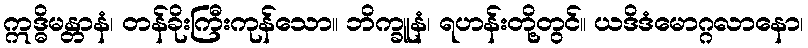
ဣဒ္ဓိမန္တာနံ၊ တန်ခိုးကြီးကုန်သော။ ဘိက္ခူနံ၊ ရဟန်းတို့တွင်။ ယဒိဒံမောဂ္ဂလာနော၊